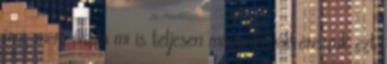
írni, mert általa mi is teljesen magunkénak érezzük ezt